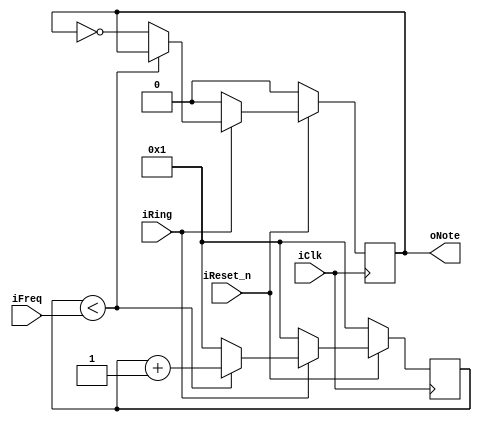
/*Vibrate the buzzer according to the input frequency.*/
module NotePlayer (input iClk,  //clock
                   input iReset_n,  //reset signal, active low
                   input iRing, //if able to ring
                   input[12:0] iFreq,   //real frequency of the note
                   output reg oNote //to audio output
                   );
    
    reg [20:0] cnt;
    always @ (posedge iClk)
    begin
        if (!iReset_n)
        begin
            cnt   <= 1;
            oNote <= 0;
        end
        else
        begin
            if (iRing == 0)    //unable to ring
            begin
                cnt   <= 1;
                oNote <= 0;
            end
            else if (cnt < iFreq)    //freq control
            begin
                cnt <= cnt + 1;
            end
            else
            begin
                cnt   <= 1;
                oNote <= ~oNote;
            end
        end
    end
endmodule